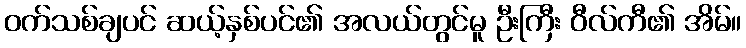
ဝက်သစ်ချပင် ဆယ့်နှစ်ပင်၏ အလယ်တွင်မူ ဦးကြီး ဝီလ်ကီ၏ အိမ်။